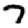
Digit: 7